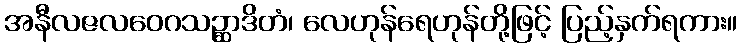
အနီလဇလဝေဂသဉ္ဆာဒိတံ၊ လေဟုန်ရေဟုန်တို့ဖြင့် ပြည့်နှက်ရကား။